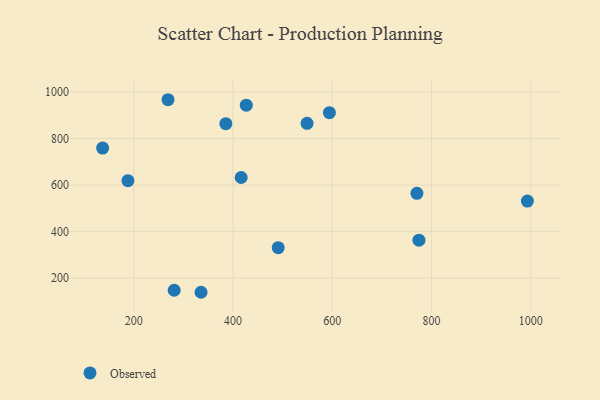
{"axis": {"x": "Ad Spend", "y": "Demand"}, "legend": ["Observed"], "data": [{"x": "549.2", "y": 865.2, "type": "Observed"}, {"x": "137.3", "y": 759.1, "type": "Observed"}, {"x": "269.1", "y": 966.8, "type": "Observed"}, {"x": "491.1", "y": 331.0, "type": "Observed"}, {"x": "594.3", "y": 911.3, "type": "Observed"}, {"x": "335.6", "y": 139.1, "type": "Observed"}, {"x": "281.5", "y": 147.8, "type": "Observed"}, {"x": "770.6", "y": 564.3, "type": "Observed"}, {"x": "426.8", "y": 943.2, "type": "Observed"}, {"x": "993.2", "y": 531.1, "type": "Observed"}, {"x": "774.7", "y": 363.0, "type": "Observed"}, {"x": "188.3", "y": 618.9, "type": "Observed"}, {"x": "416.5", "y": 632.5, "type": "Observed"}, {"x": "385.6", "y": 863.8, "type": "Observed"}]}